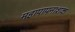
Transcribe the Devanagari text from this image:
महापापनाशक